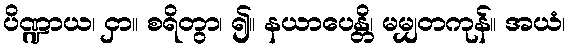
ပိဏ္ဍာယ၊ ငှာ။ စရိတွာ၊ ၍။ နယာပေန္တိ၊ မမျှတကုန်။ အယံ၊